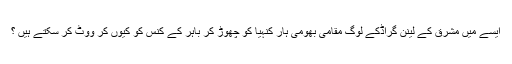
ایسے میں مشرق کے لینن گراڈکے لوگ مقامی بھومی ہار کنہیا کو چھوڑ کر باہر کے کنس کو کیوں کر ووٹ کر سکتے ہیں ؟